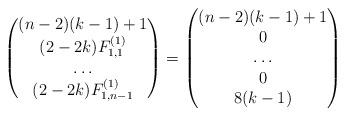
LaTeX: \begin{align*}\begin{pmatrix} (n-2)(k-1)+1\\ (2-2k) F_{1,1}^{(1)} \\ \dots \\ (2-2k) F_{1,n-1}^{(1)} \end{pmatrix} =\begin{pmatrix} (n-2)(k-1)+1\\ 0 \\ \dots\\ 0 \\ 8(k-1) \end{pmatrix}\end{align*}